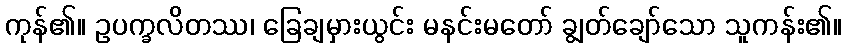
ကုန်၏။ ဥပက္ခလိတဿ၊ ခြေချမှားယွင်း မနင်းမတော် ချွတ်ချော်သော သူကန်း၏။